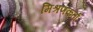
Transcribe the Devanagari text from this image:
मिश्रणकर्ता